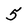
Character: 5